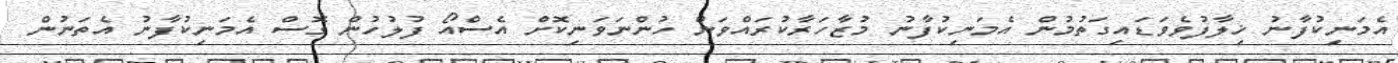
އެމަނިކުފާނު ޚިލާފުވެވަޑައިގަތުމުން އެމަނިކުފާނު މުޒާހަރާކުރައްވަން ހުންނަވަނިކޮށް އެސްއޯ ފުލުހުން ގޮސް އެމަނިކުފާނު އެތަނުން